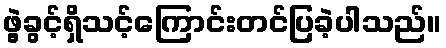
ဖွဲ့ခွင့်ရှိသင့်ကြောင်းတင်ပြခဲ့ပါသည်။